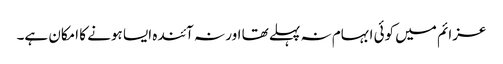
عزائم میں کوئی ابہام نہ پہلے تھا اور نہ آئندہ ایسا ہونے کا امکان ہے۔